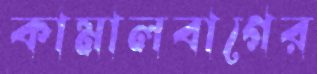
কামালবাগের